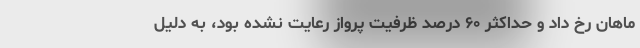
ماهان رخ داد و حداکثر ۶۰ درصد ظرفیت پرواز رعایت نشده بود، به دلیل